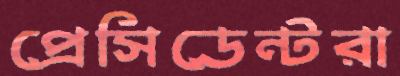
প্রেসিডেন্টরা